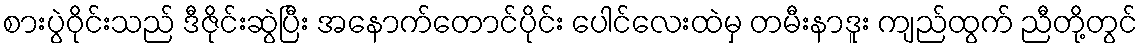
စားပွဲဝိုင်းသည် ဒီဇိုင်းဆွဲပြီး အနောက်တောင်ပိုင်း ပေါင်လေးထဲမှ တမီးနာဒူး ကျည်ထွက် ညီတို့တွင်